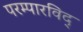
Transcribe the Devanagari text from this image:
परम्पारविद्